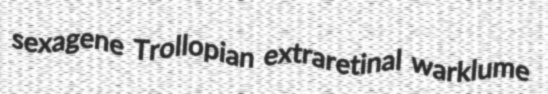
sexagene Trollopian extraretinal warklume